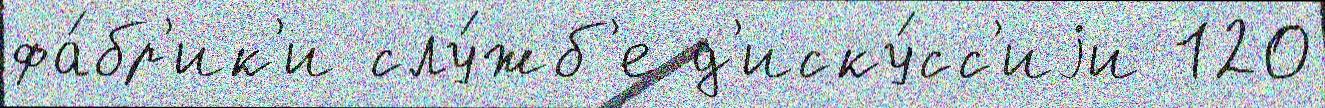
фа́бр'ик'и слу́жб'е д'иску́сс'иjи 120